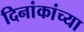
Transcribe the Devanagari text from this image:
दिनांकांच्या